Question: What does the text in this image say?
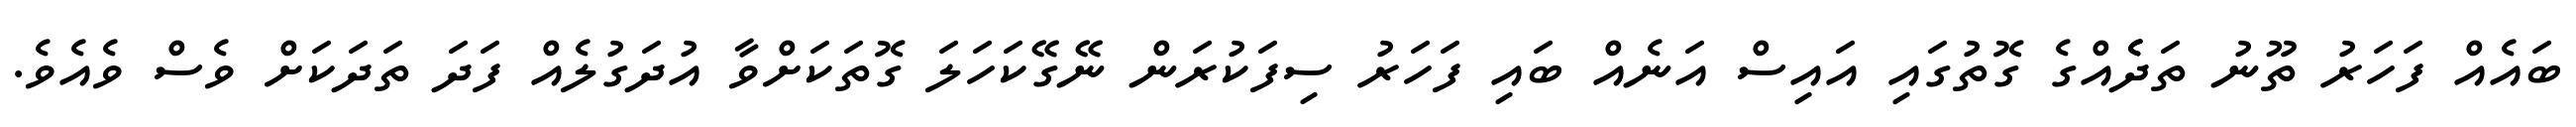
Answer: ބައެއް ފަހަރު ތޫނު ތަދެެއްގެ ގޮތުގައި އައިސް އަނެއް ބައި ފަހަރު ސިފަކުރަން ނޭގޭކަހަލަ ގޮތަކަށްވާ އުދަގުލެއް ފަދަ ތަދަކަށް ވެސް ވެއެވެ.